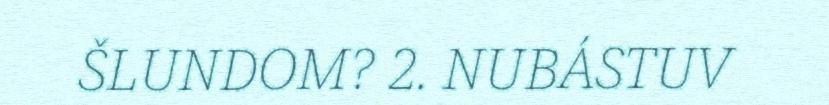
ŠLUNDOM? 2. NUBÁSTUV